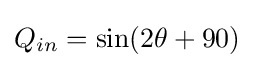
Q_{in}=\sin(2\theta +90)